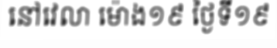
នៅវេលា ម៉ោង១៩ ថ្ងៃទី១៩